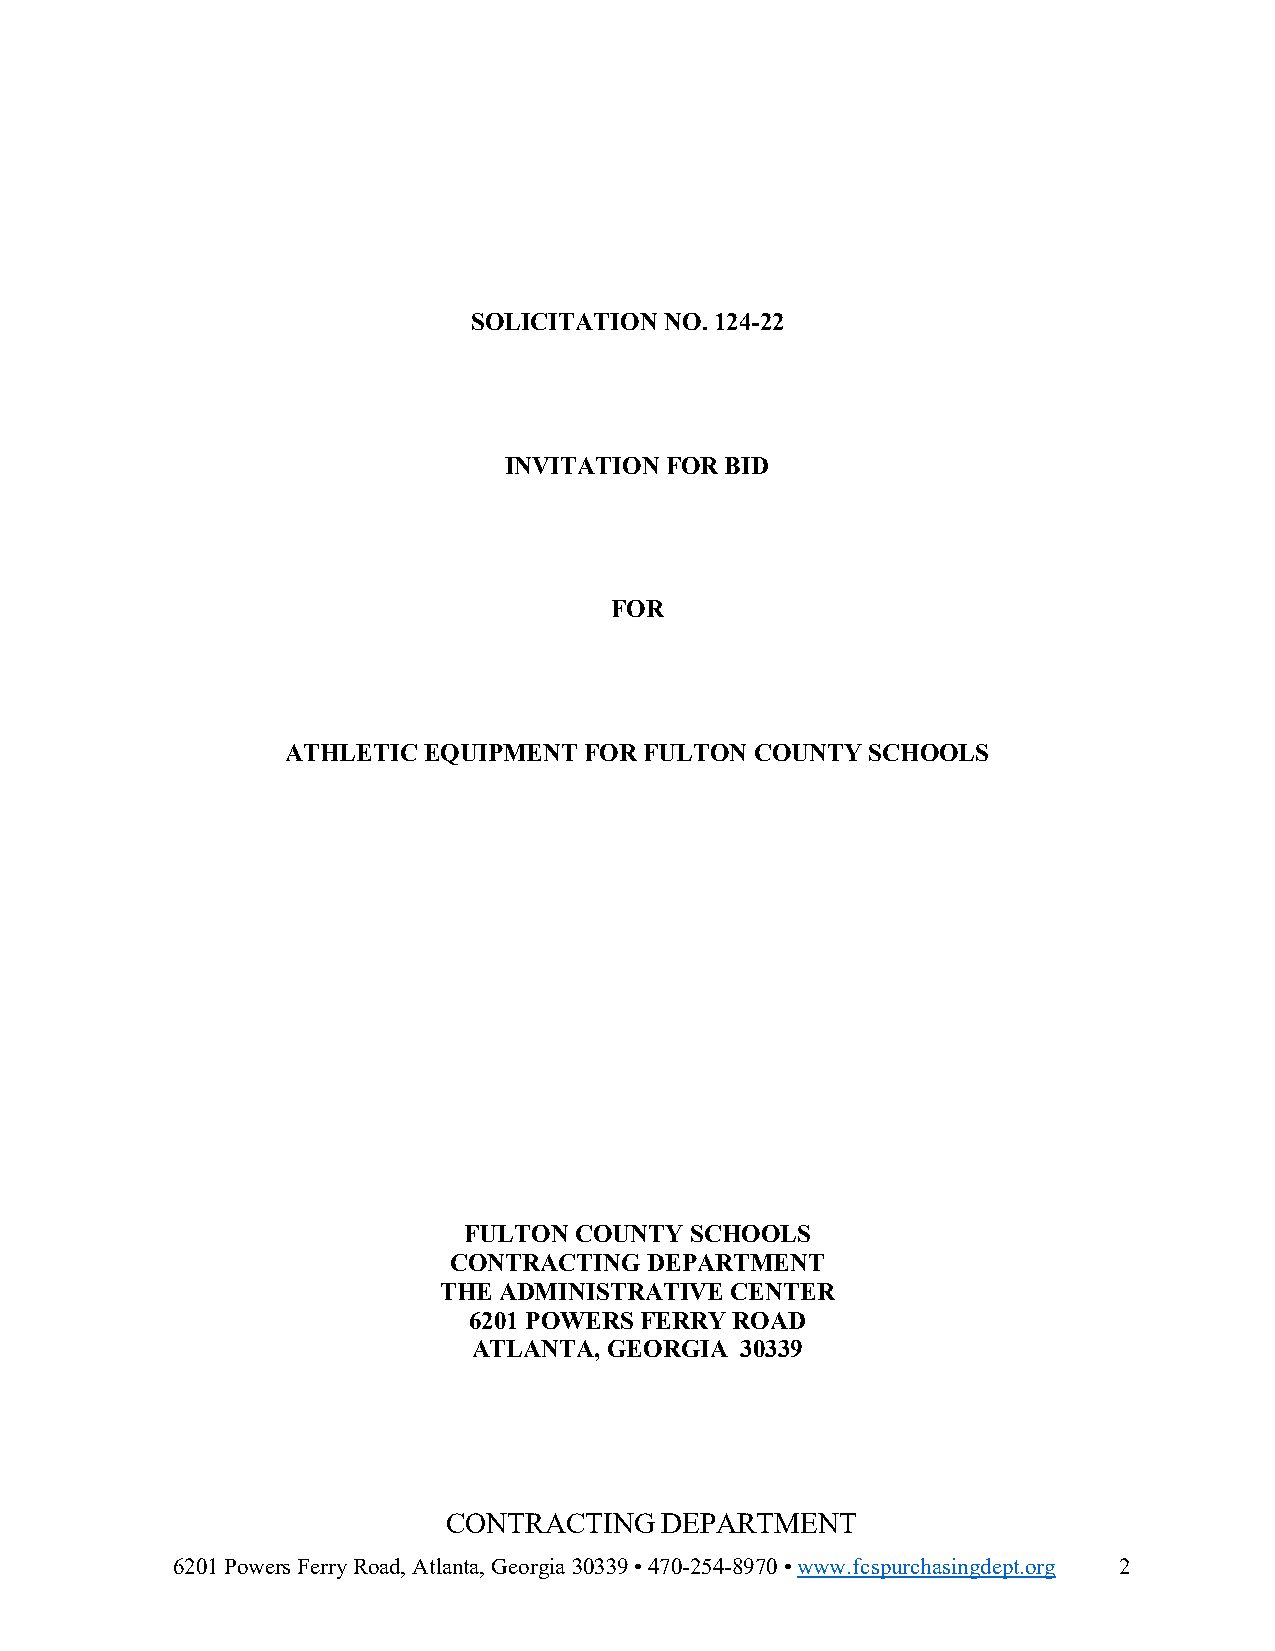
SOLICITATION NO. 124-22
 INVITATION FOR BID
 FOR
 ATHLETIC EQUIPMENT  FOR FULTON COUNTY SCHOOLS
 FULTON COUNTY  SCHOOLS
 CONTRACTING  DEPARTMENT
 THE ADMINISTRATIVE CENTER
 6201 POWERS FERRY ROAD
 ATLANTA, GEORGIA  30339
 CONTRACTING   DEPARTMENT
 6201 Powers Ferry Road, Atlanta, Georgia 30339 • 470-254-8970 • www.fcspurchasingdept.org 2